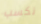
نكسب